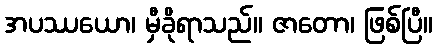
အပဿယော၊ မှီခိုရာသည်။ ဇာတော၊ ဖြစ်ပြီ။